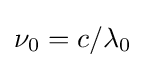
\nu _{0}=c/\lambda _{0}